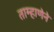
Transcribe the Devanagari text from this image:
ताम्हाणेने